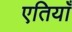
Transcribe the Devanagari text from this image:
एतियाँ